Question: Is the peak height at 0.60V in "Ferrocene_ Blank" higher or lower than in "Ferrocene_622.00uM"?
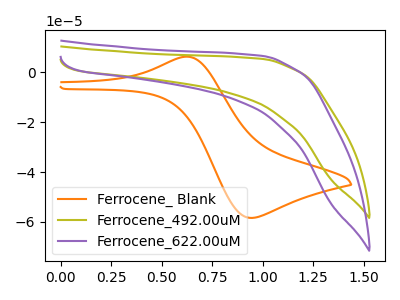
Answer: <think>The orange curve "Ferrocene_ Blank" has an anodic peak at (0.65V, 6.25uA) and a cathodic peak at (0.95V, -58.40uA). The olive curve "Ferrocene_492.00uM" has no peaks. The purple curve "Ferrocene_622.00uM" has no peaks.</think>
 <answer>"Ferrocene_ Blank" and "Ferrocene_622.00uM" dont share a peak at 0.60V.</answer>
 <eval>mismatch</eval>